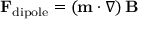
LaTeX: \mathbf { F } _ { \mathrm { d i p o l e } } = \left( \mathbf { m } \cdot \nabla \right) \mathbf { B }